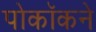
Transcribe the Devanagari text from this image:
पोकॉकने